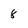
Character: 8